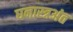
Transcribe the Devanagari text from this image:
घनास्त्रअंत